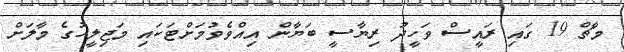
މާޗް 19 ގައި ރައީސް ވަހީދު ރިޔާސީ ބަޔާން އިއްވެވުމަށްޓަކައި މަޖިލީހުގެ މާލަށް